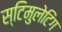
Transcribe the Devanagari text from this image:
स्टिमुलेटिंग